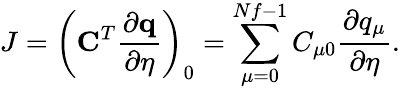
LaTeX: J=\left(\mathbf{C}^{T}\frac{\partial\mathbf{q}}{\partial\eta}\right)_{0}=\sum_{\mu=0}^{Nf-1}C_{\mu 0}\frac{\partial q_{\mu}}{\partial\eta}.